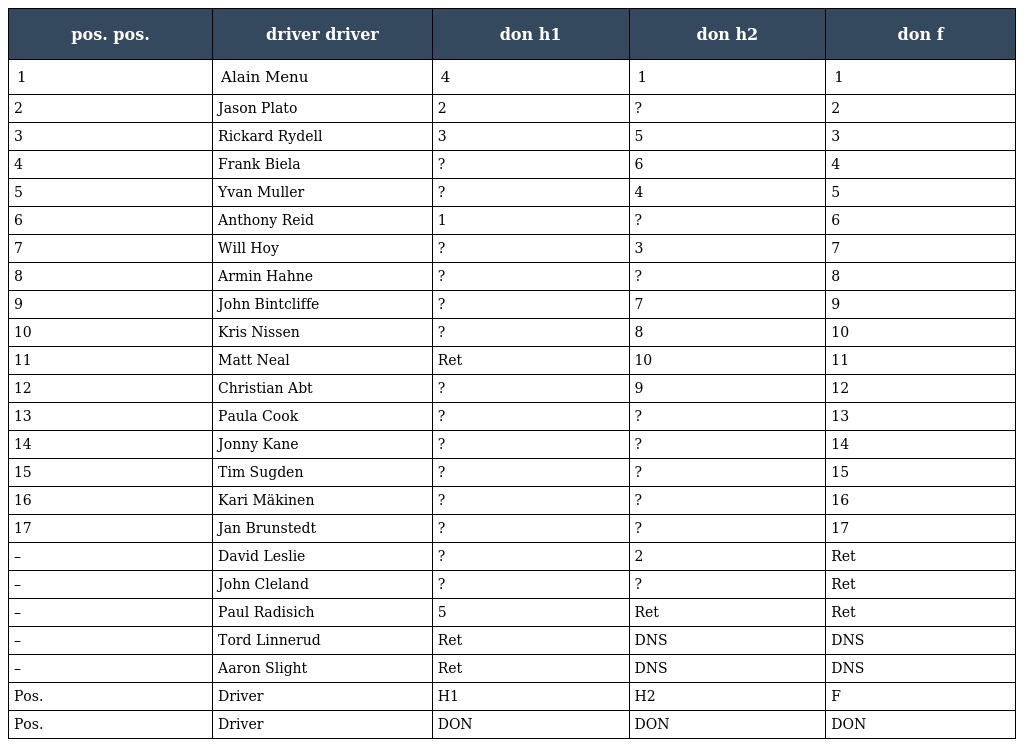
| pos. pos. | driver driver | don h1 | don h2 | don f |
 | --- | --- | --- | --- | --- |
 | 1 | Alain Menu | 4 | 1 | 1 |
 | 2 | Jason Plato | 2 | ? | 2 |
 | 3 | Rickard Rydell | 3 | 5 | 3 |
 | 4 | Frank Biela | ? | 6 | 4 |
 | 5 | Yvan Muller | ? | 4 | 5 |
 | 6 | Anthony Reid | 1 | ? | 6 |
 | 7 | Will Hoy | ? | 3 | 7 |
 | 8 | Armin Hahne | ? | ? | 8 |
 | 9 | John Bintcliffe | ? | 7 | 9 |
 | 10 | Kris Nissen | ? | 8 | 10 |
 | 11 | Matt Neal | Ret | 10 | 11 |
 | 12 | Christian Abt | ? | 9 | 12 |
 | 13 | Paula Cook | ? | ? | 13 |
 | 14 | Jonny Kane | ? | ? | 14 |
 | 15 | Tim Sugden | ? | ? | 15 |
 | 16 | Kari Mäkinen | ? | ? | 16 |
 | 17 | Jan Brunstedt | ? | ? | 17 |
 | – | David Leslie | ? | 2 | Ret |
 | – | John Cleland | ? | ? | Ret |
 | – | Paul Radisich | 5 | Ret | Ret |
 | – | Tord Linnerud | Ret | DNS | DNS |
 | – | Aaron Slight | Ret | DNS | DNS |
 | Pos. | Driver | H1 | H2 | F |
 | Pos. | Driver | DON | DON | DON |